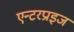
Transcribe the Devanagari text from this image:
एन्टरप्राइज